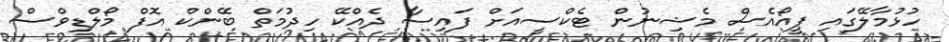
ހުޅުމާލޭގައި ޕީއޯއެސް މެޝިނުން ޓެކްސީއަށް ފައިސާ ދެއްކޭ ހިދުމަތް ބޭންކް އޮފް މޯލްޑިވްސް